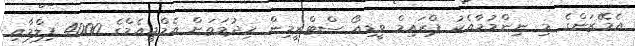
އެމޭޒަންގެ މި ނިންމުމާއެކު ޕްރައިމް ވީޑިއޯ ސްޓްރީމިން ހިދުމަތަށް އެމްޖީއެމްގެ 4000 ފިލްމާއި